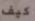
كيف